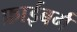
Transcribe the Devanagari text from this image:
फ्राईबर्ग